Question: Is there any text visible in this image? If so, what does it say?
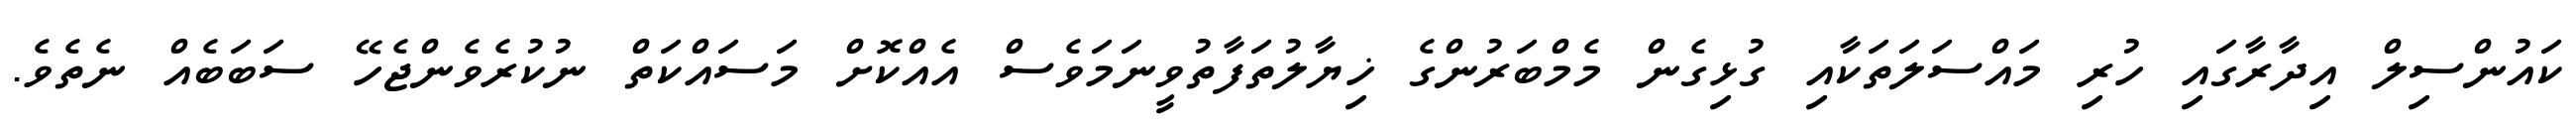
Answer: ކައުންސިލް އިދާރާގައި ހުރި މައްސަލަތަކާއި ގުޅިގެން މެމްބަރުންގެ ޚިޔާލުތަފާތުވީނަމަވެސް އެއްކޮށް މަސައްކަތް ނުކުރެވެންޖެހޭ ސަބަބެއް ނެތެވެ.